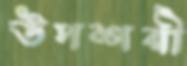
উপশয়ী